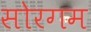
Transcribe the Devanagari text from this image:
सोरगम